Sanitation, dispensaries and jails vaccination Rajputana 1922-1927 - 1922-1927
Year: 1922
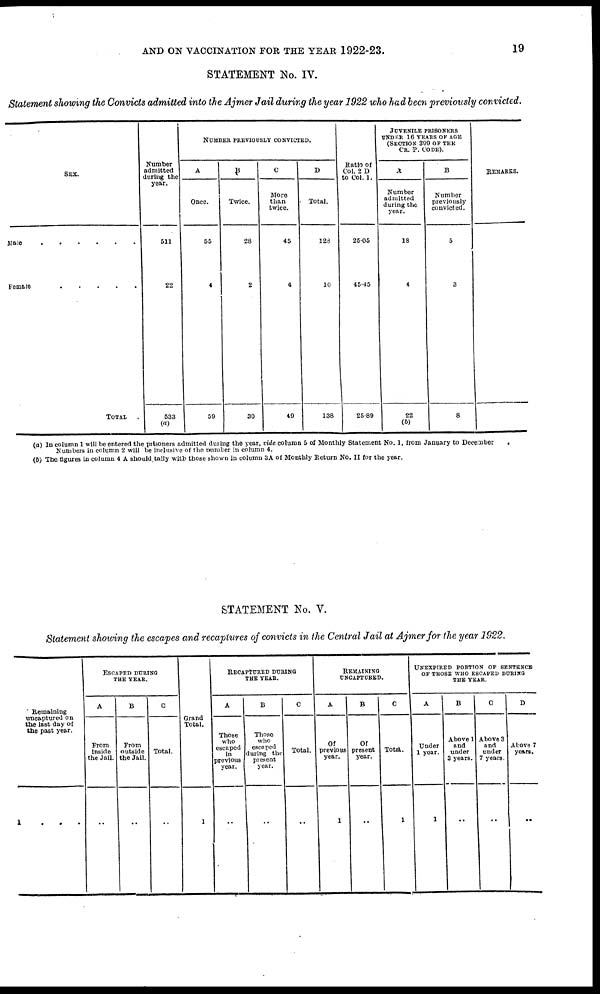
AND ON VACCINATION FOR THE YEAR 1922-23.
19
STATEMENT No. IV.
Statement showing the Convicts admitted into the Ajmer Jail during the year 1922 who had been previously convicted.
SEX.
Male . . . . . . . . .
Female . . . . . . . .
TOTAL .
Number
admitted
during the
year.
611
22
533
(a)
NUMBER PREVIOUSLY CONVICTED.
A
Once.
55
4
59
B
Twice.
28
2
30
C
More
than
twice.
45
4
49
D
Total.
128
10
138
Ratio of
Col. 2 D
to Col. 1.
25.05
45.45
25.89
JUVENILE PRISONERS
UNDER 16 YEARS OF AGE
(SECTION 399 OF THE
CR. P. CODE).
A
Number
admitted
during the
year.
18
4
22
(b)
B
Number
previously
convicted.
5
3
8
REMARKS.
(a) In column 1 will be entered the prisoners admitted during the year, vide column 5 of Monthly Statement No. 1, from January to December
Numbers in column 2 will be inclusive of the number in column 4.
(b) The figures in column 4 A should tally with those shown in column 3A of Monthly Return No. II for the year.
STATEMENT No. V.
Statement showing the escapes and recaptures of convicts in the Central Jail at Ajmer for the year 1922.
Remaining
uncaptured on
the last day of
the past year.
l . . .
ESCAPED DURING
THE YEAR.
A
From
Inside
the Jail.
..
B
From
outside
the Jail.
..
C
Total.
..
Grand
Total.
1
RECAPTURED DURING
THE YEAR.
A
Those
who
escaped
in
previous
year.
..
B
Those
who
escaped
during the
present
year.
..
C
Total.
..
REMAINING
UNCAPTURED.
A
Of
previous
year.
1
B
Of
present
year.
..
C
Total.
1
UNEXPIRED PORTION OF SENTENCE
OF THOSE WHO ESCAPED DURING
THE YEAR.
A
Under
1 year.
1
B
Above 1
and
under
3 years.
..
C
Above 3
and
under
7 years.
..
D
Above 7
years.
..